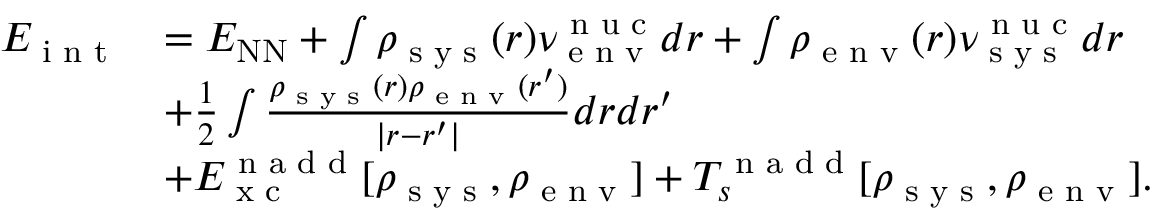
\begin{array} { r l } { E _ { \textrm { i n t } } } & { = E _ { \mathrm { N N } } + \int \rho _ { \textrm { s y s } } ( r ) \nu _ { \textrm { e n v } } ^ { \textrm { n u c } } d r + \int \rho _ { \textrm { e n v } } ( r ) \nu _ { \textrm { s y s } } ^ { \textrm { n u c } } d r } \\ & { + \frac { 1 } { 2 } \int \frac { \rho _ { \textrm { s y s } } ( r ) \rho _ { \textrm { e n v } } ( r ^ { \prime } ) } { | r - r ^ { \prime } | } d r d r ^ { \prime } } \\ & { + E _ { \textrm { x c } } ^ { \textrm { n a d d } } [ \rho _ { \textrm { s y s } } , \rho _ { \textrm { e n v } } ] + T _ { s } ^ { \textrm { n a d d } } [ \rho _ { \textrm { s y s } } , \rho _ { \textrm { e n v } } ] . } \end{array}